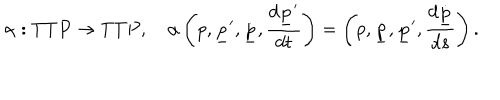
\alpha : T T P \to T T P , \quad \alpha \left( p , { \underline { { p } } } ^ { \prime } , \dot { \underline { { p } } } , { \frac { d { \underline { { p } } } ^ { \prime } } { d t } } \right) = \left( p , \dot { \underline { { p } } } , { \underline { { p } } } ^ { \prime } , { \frac { d \dot { \underline { { p } } } } { d s } } \right) .